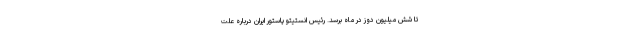
تا شش میلیون دوز در ماه برسد. رئیس انستیتو پاستور ایران درباره علت